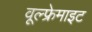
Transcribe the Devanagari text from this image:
वूल्फ्रेमाइट